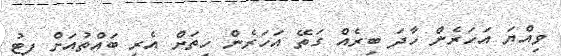
ވިއްޔަ އަހަރެން ހާދަ ބިރެއް ގަތޭ އަހަރެން ހިތަށް އެރީ ބައްތުއަށް ފިޓު